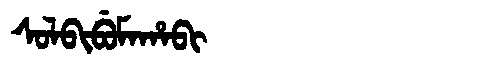
Manchu: ᠰᠣᠯᠪᡳᠪᡠᠮᠠᡥᠠᠪᡳ
Romanization: SOLBIBUMAHABI